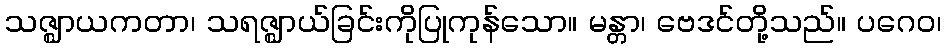
သဇ္ဈာယကတာ၊ သရဇ္ဈာယ်ခြင်းကိုပြုကုန်သော။ မန္တာ၊ ဗေဒင်တို့သည်။ ပဂေဝ၊